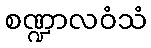
စဏ္ဍာလဝံသံ